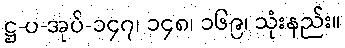
ဋ္ဌ-ပ-အုပ်-၁၄၇၊ ၁၄၈၊ ၁၆၉၊ သုံးနည်း။